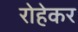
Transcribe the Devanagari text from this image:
रोहेकर